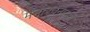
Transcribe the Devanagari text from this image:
मनोरचनेपायी